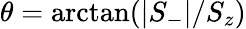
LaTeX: \theta=\arctan(\lvert S_{-}\lvert/S_{z})